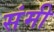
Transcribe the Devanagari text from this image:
संमी